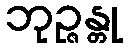
ဘုဉ္ဇန္တု